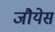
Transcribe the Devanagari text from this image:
जौयेस